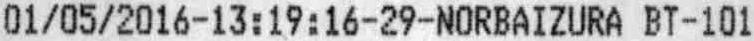
01/05/2016-13:19:16-29-NORBAIZURA BT-101